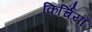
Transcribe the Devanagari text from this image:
किर्चियाँ